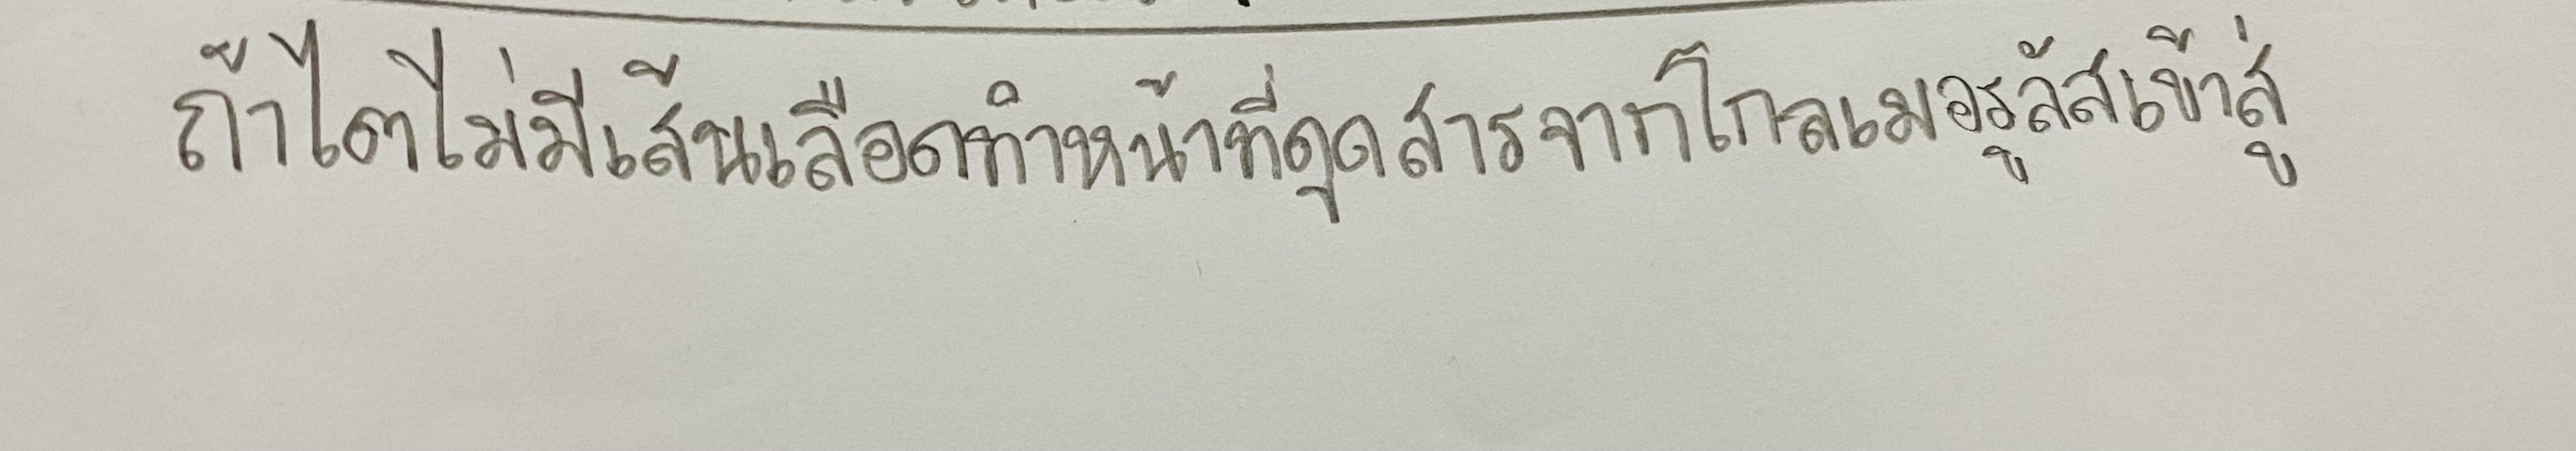
ถ้าไตไม่มีเส้นเลือดทำหน้าที่ดูดสารจากโกลเมอรูลัสเข้าสู่